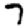
Digit: 7